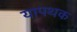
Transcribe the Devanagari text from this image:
यापथक